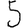
Digit: 5